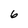
Character: 6